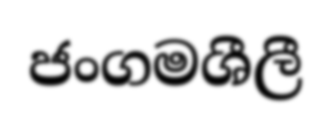
ජංගමශීලී